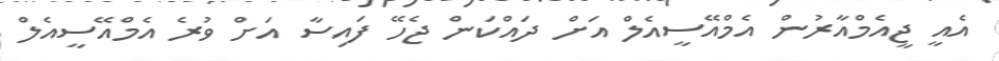
އެއީ ޖީއެމްއާރުން އެމްއޭސީއެލް އަށް ދައްކަން ޖެހޭ ފައިސާ އަށް ވުރެ އެމްއޭސީއެލް